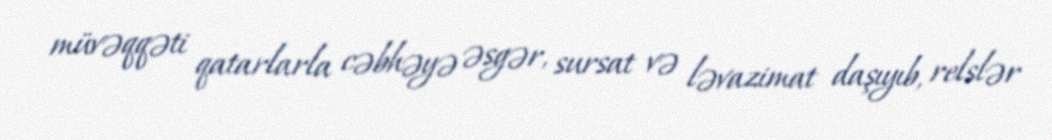
müvəqqəti qatarlarla cəbhəyə əsgər, sursat və ləvazimat daşıyıb, relslər